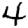
Digit: 4